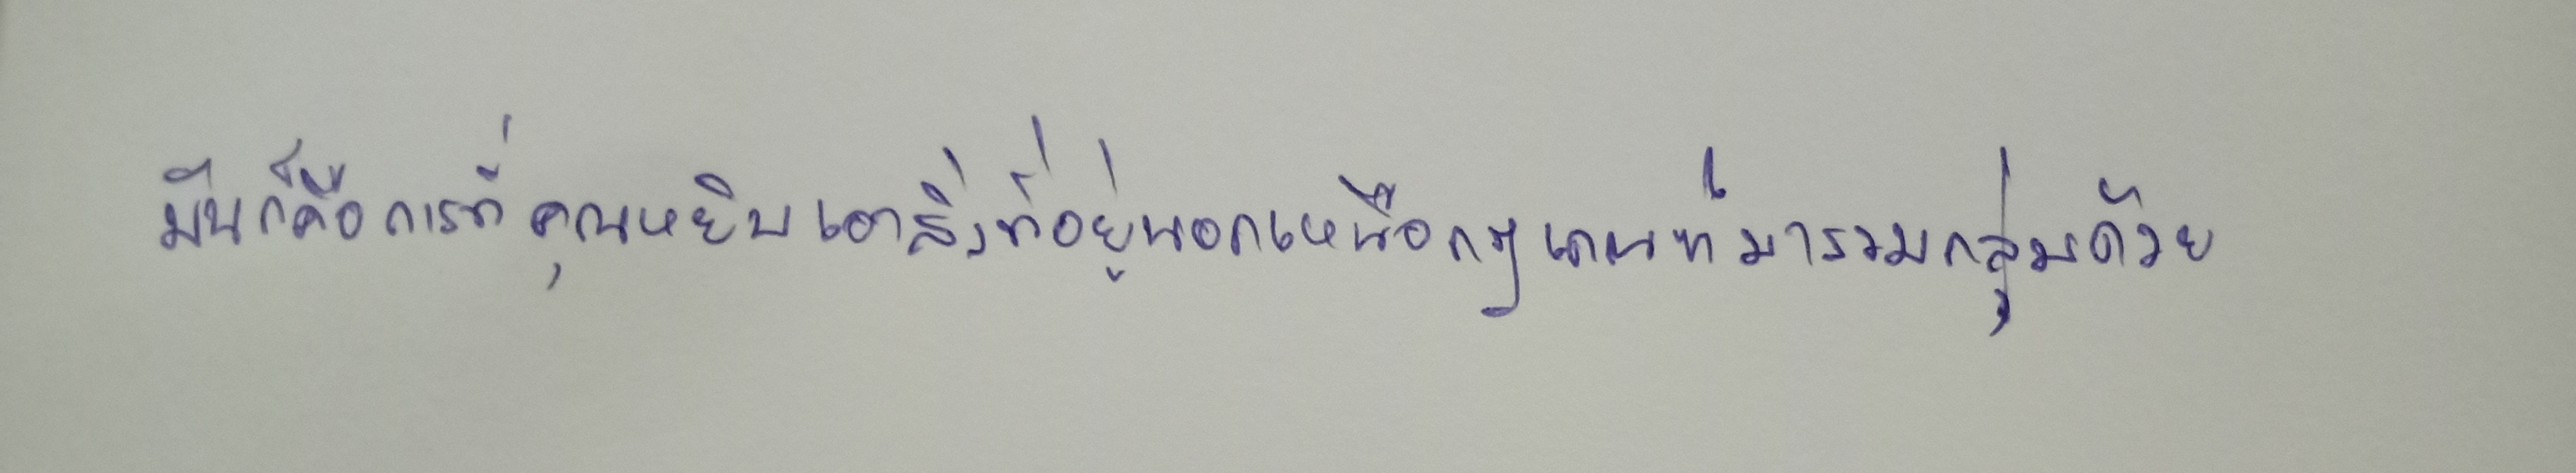
มันก็คือการที่คุณหยิบเอาสิ่งที่อยู่นอกเหนือกฎเกณฑ์มารวมกลุ่มด้วย